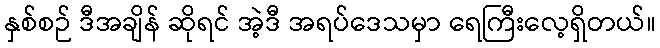
နှစ်စဉ် ဒီအချိန် ဆိုရင် အဲ့ဒီ အရပ်ဒေသမှာ ရေကြီးလေ့ရှိတယ်။